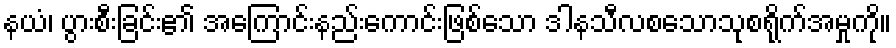
နယံ၊ ပွားစီးခြင်း၏ အကြောင်းနည်းကောင်းဖြစ်သော ဒါနသီလစသောသုစရိုက်အမှုကို။